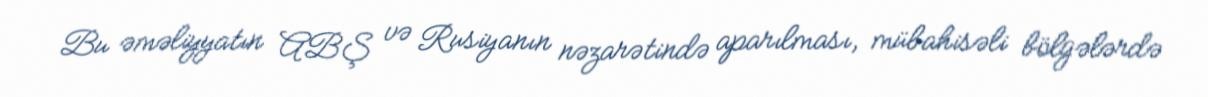
Bu əməliyyatın ABŞ və Rusiyanın nəzarətində aparılması, mübahisəli bölgələrdə